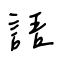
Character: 語